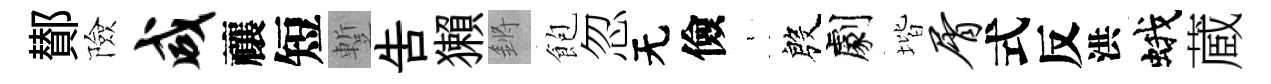
鄼險咸禳短蹔吿獺鏘飽忽无儉裊殷劇堦屑式反洪蛾蔵